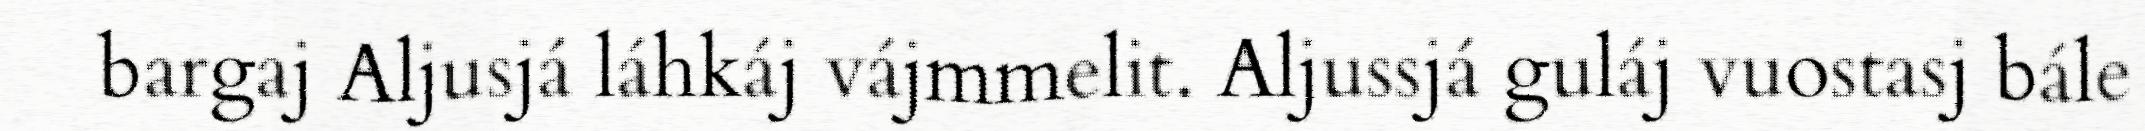
bargaj Aljusjá láhkáj vájmmelit. Aljussjá guláj vuostasj bále